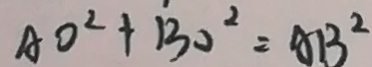
A O ^ { 2 } + B O ^ { 2 } = A B ^ { 2 }